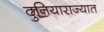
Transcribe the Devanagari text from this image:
दुनियाराज्यात